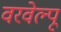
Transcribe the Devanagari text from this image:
वरवेल्पू